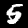
Digit: 5